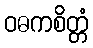
ဝဓကစိတ္တံ